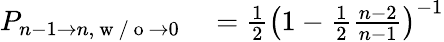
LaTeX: \begin{array}{rl}{P_{n-1\to n,\mathrm{~w~/~o~}\to 0}}&{{}=\frac{1}{2}\left(1-\frac{1}{2}\frac{n-2}{n-1}\right)^{-1}}\end{array}